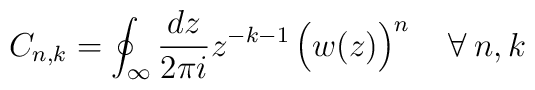
C_{n,k} = \oint_\infty \frac{d z}{2\pi i} z^{-k-1} \left(\strut    w(z)\right)^n\quad  \forall\:n,k